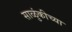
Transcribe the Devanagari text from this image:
साळुंकीच्या